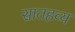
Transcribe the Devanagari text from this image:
सातहव्य